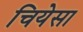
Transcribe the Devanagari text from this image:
चियेसा